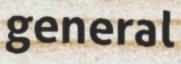
general